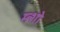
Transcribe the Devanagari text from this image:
म्त्शो